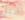
قبل